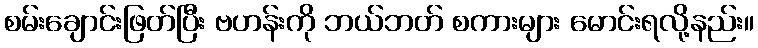
စမ်းချောင်းဖြတ်ပြီး ဗဟန်းကို ဘယ်ဘတ် စကားများ မောင်းရလို့နည်း။